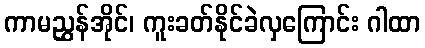
ကာမညွှန်အိုင်၊ ကူးခတ်နိုင်ခဲလှကြောင်း ဂါထာ